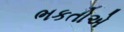
ભકતોએ